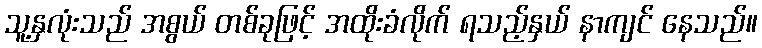
သူ့နှလုံးသည် အစွယ် တစ်ခုဖြင့် အထိုးခံလိုက် ရသည့်နှယ် နာကျင် နေသည်။